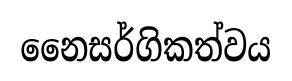
නෛසර්ගිකත්වය